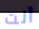
أنت